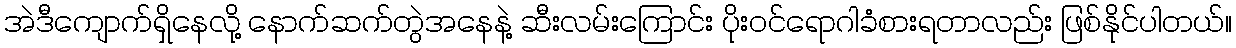
အဲဒီကျောက်ရှိနေလို့ နောက်ဆက်တွဲအနေနဲ့ ဆီးလမ်းကြောင်း ပိုးဝင်ရောဂါခံစားရတာလည်း ဖြစ်နိုင်ပါတယ်။